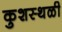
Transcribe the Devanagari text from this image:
कुशस्थळी